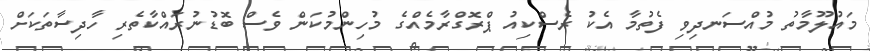
މައުލޫމާތު މުއްސަނދިވި ފެތުމާ އެކު ރެސްކިއު ޕްރޮގްރާމެއްގެ މުހިންމުކަން ވެސް ބޮޑުނުރައްކާތެރި ހާދިސާތަކަށް